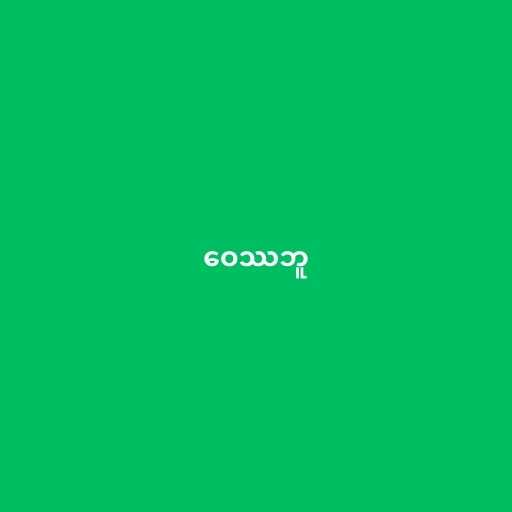
ဝေဿဘူ